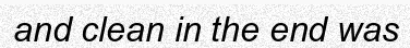
and clean in the end was